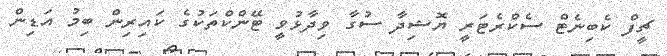
ޗީފް ކެބިނެޓް ސެކްރެޓަރީ ޔޮޝިދާ ސުގާ ވިދާޅުވީ ޓޭންކްތަކުގެ ކައިރިން ބިމު އަޑިން